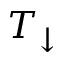
T _ { \downarrow }